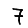
Digit: 7